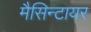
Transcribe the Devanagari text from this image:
मैसिन्टायर